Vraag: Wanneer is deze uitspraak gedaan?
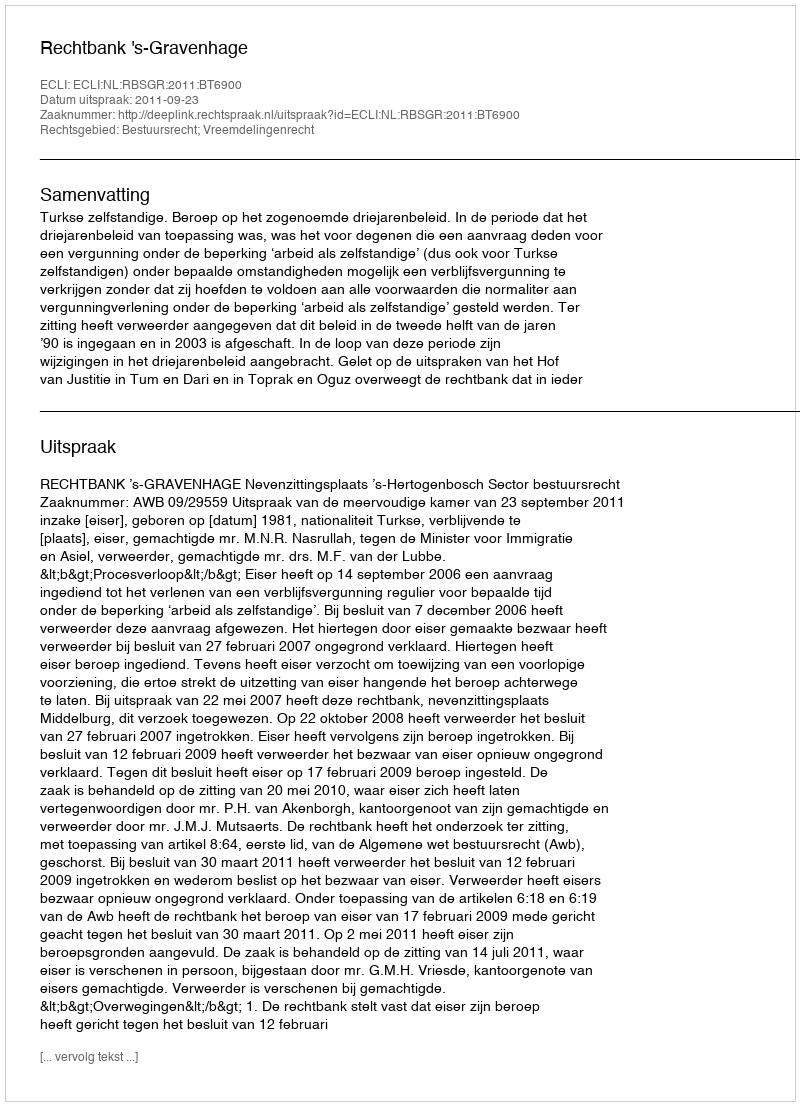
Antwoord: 2011-09-23